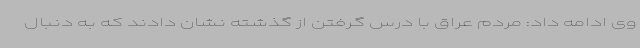
وی ادامه داد: مردم عراق با درس گرفتن از گذشته نشان دادند که به دنبال